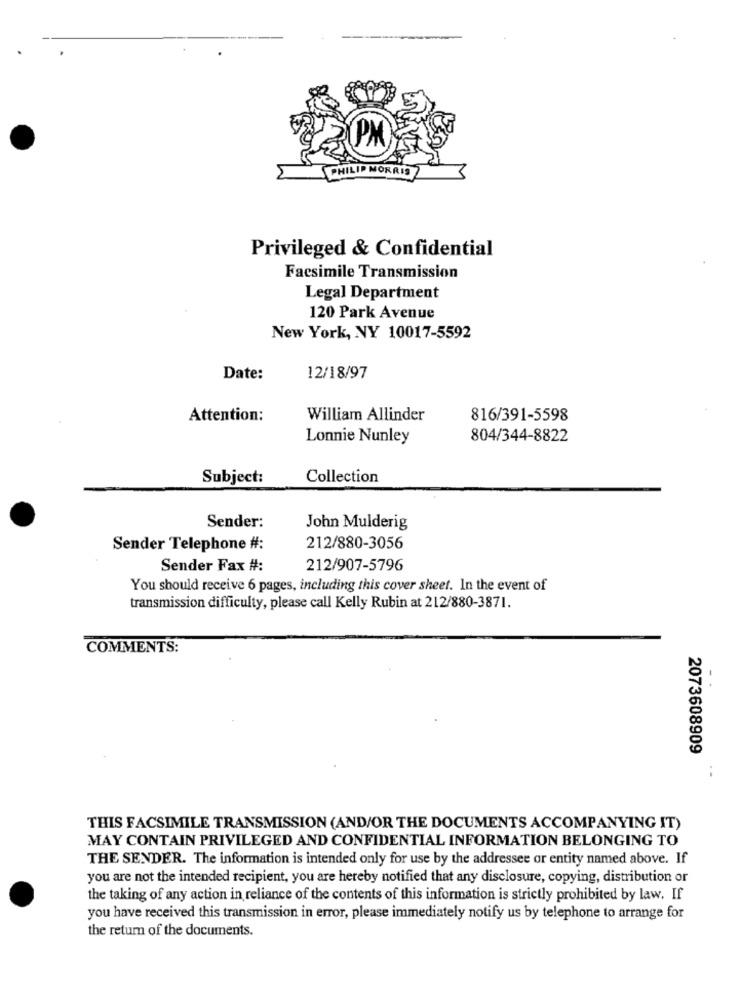
Privileged & Confidential
Facsimile Transmission
Legal Department
120 Park Avenue
New York, NY 10017-5592
Date:
12/18/97
Attention:
William Allinder
816/391-5598
Lonnie Nunley
804/344-8822
Subject:
Collection
Sender:
John Mulderig
Sender Telephone #:
212/880-3056
Sender Fax #:
212/907-5796
You should receive 6 pages, including this cover sheet. In the event of
transmission difficulty, please call Kelly Rubin at 212/880-3871.
COMMENTS:
2073608909
.-
THIS FACSIMILE TRANSMISSION (AND/OR THE DOCUMENTS ACCOMPANYING IT)
MAY CONTAIN PRIVILEGED AND CONFIDENTIAL INFORMATION BELONGING TO
THE SENDER. The information is intended only for use by the addressee or entity named above. If
you are not the intended recipient, you are hereby notified that any disclosure, copying, distribution or
the taking of any action in reliance of the contents of this information is strictly prohibited by law. If
you have received this transmission in error, please immediately notify us by telephone to arrange for
the return of the documents.